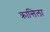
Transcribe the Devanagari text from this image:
क्रान्तिला